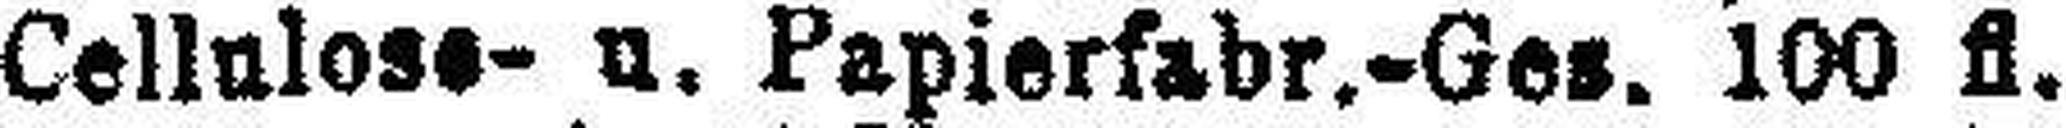
Cellulose- u. Papierfabr.-Ges. 100 fl.